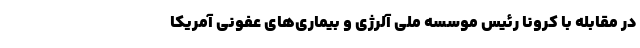
در مقابله با کرونا رئیس موسسه ملی آلرژی و بیماری‌های عفونی آمریکا